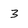
Character: 3